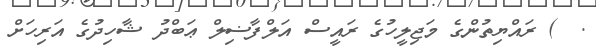
.  ) ރައްޔިތުންގެ މަޖިލީހުގެ ރައީސް އަލްފާޟިލް ޢަބްދު ޝާހިދުގެ އަރިހަށް